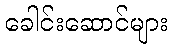
ခေါင်းဆောင်များ